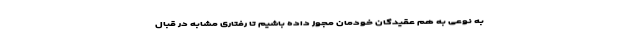
به نوعی به هم عقیدگان خودمان مجوز داده باشیم تا رفتاری مشابه در قبال